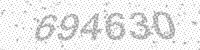
Solution: 694630